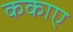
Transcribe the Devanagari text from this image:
ककाए